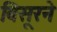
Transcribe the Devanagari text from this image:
बिसूरने